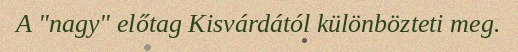
A "nagy" előtag Kisvárdától különbözteti meg.